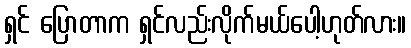
ရှင် ပြောတာက ရှင်လည်းလိုက်မယ်ပေါ့ဟုတ်လား။